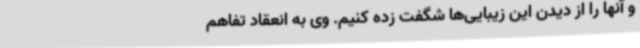
و آنها را از دیدن این زیبایی‌ها شگفت زده کنیم. وی به انعقاد تفاهم